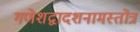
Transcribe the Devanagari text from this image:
गणेशद्वादशनामस्तोत्रं